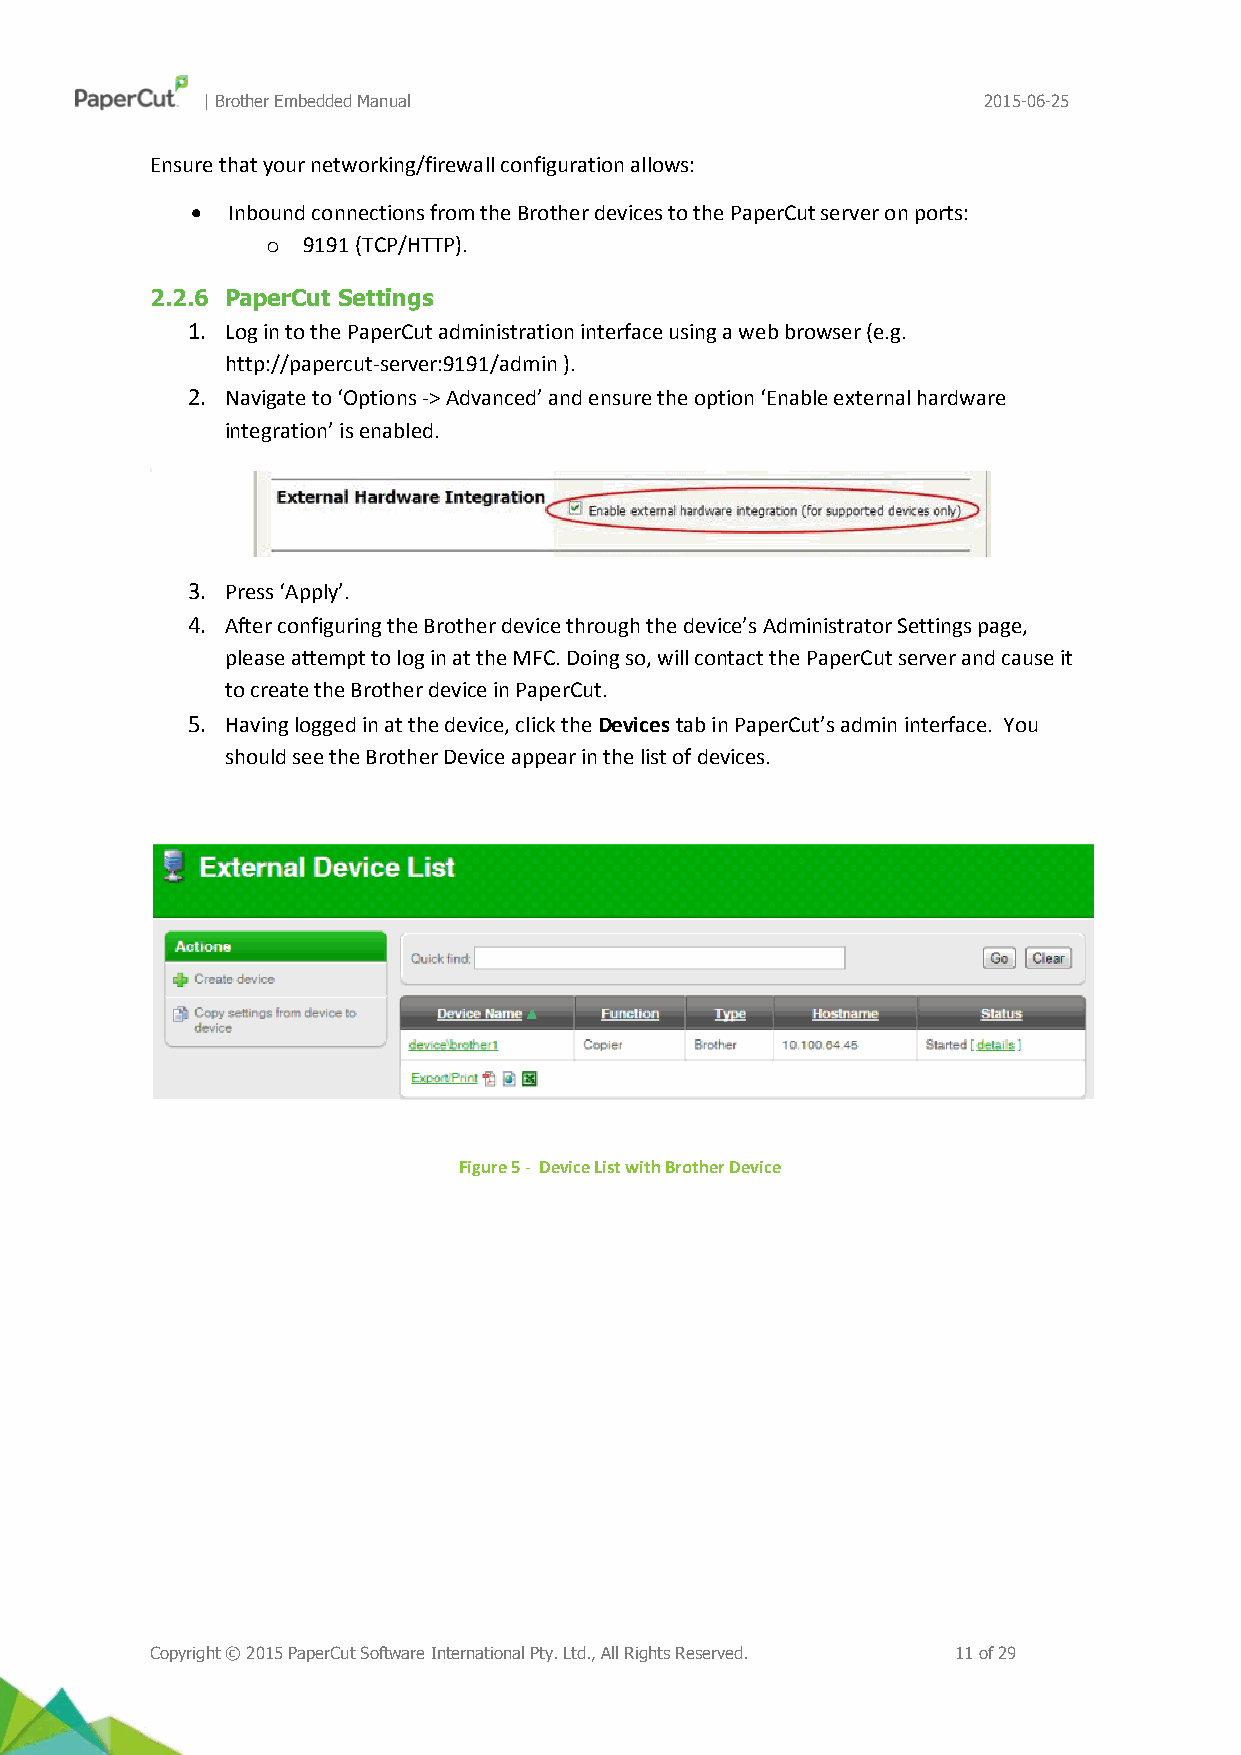
| Brother Embedded Manual                           2015-06-25
 Ensure that your networking/firewall configuration allows:
  Inbound connections from the Brother devices to the PaperCut server on ports:
 o 9191 (TCP/HTTP).
 2.2.6 PaperCut Settings
 1. Log in to the PaperCut administration interface using a web browser (e.g.
 http://papercut-server:9191/admin ).
 2. Navigate to ‘Options -> Advanced’ and ensure the option ‘Enable external hardware
 integration’ is enabled.
 3. Press ‘Apply’.
 4. After configuring the Brother device through the device’s Administrator Settings page,
 please attempt to log in at the MFC. Doing so, will contact the PaperCut server and cause it
 to create the Brother device in PaperCut.
 5. Having logged in at the device, click the Devices tab in PaperCut’s admin interface. You
 should see the Brother Device appear in the list of devices.
 Figure 5 - Device List with Brother Device
 Copyright © 2015 PaperCut Software International Pty. Ltd., All Rights Reserved. 11 of 29